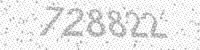
Solution: 728822